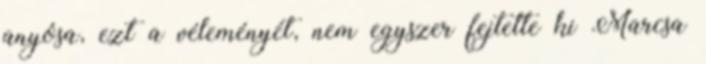
anyósa, ezt a véleményét, nem egyszer fejtette ki Marcsa